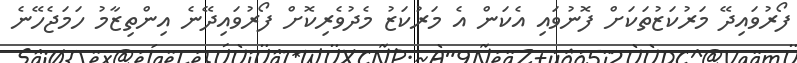
ފޯރުވައިދޭ މަރުކަޒުތަކަށް ފޮނުވައި އެކަން އެ މަރުކަޒު މެދުވެރިކޮށް ފޯރުވައިދޭނެ އިންތިޒާމު ހަމަޖެހޭނެ